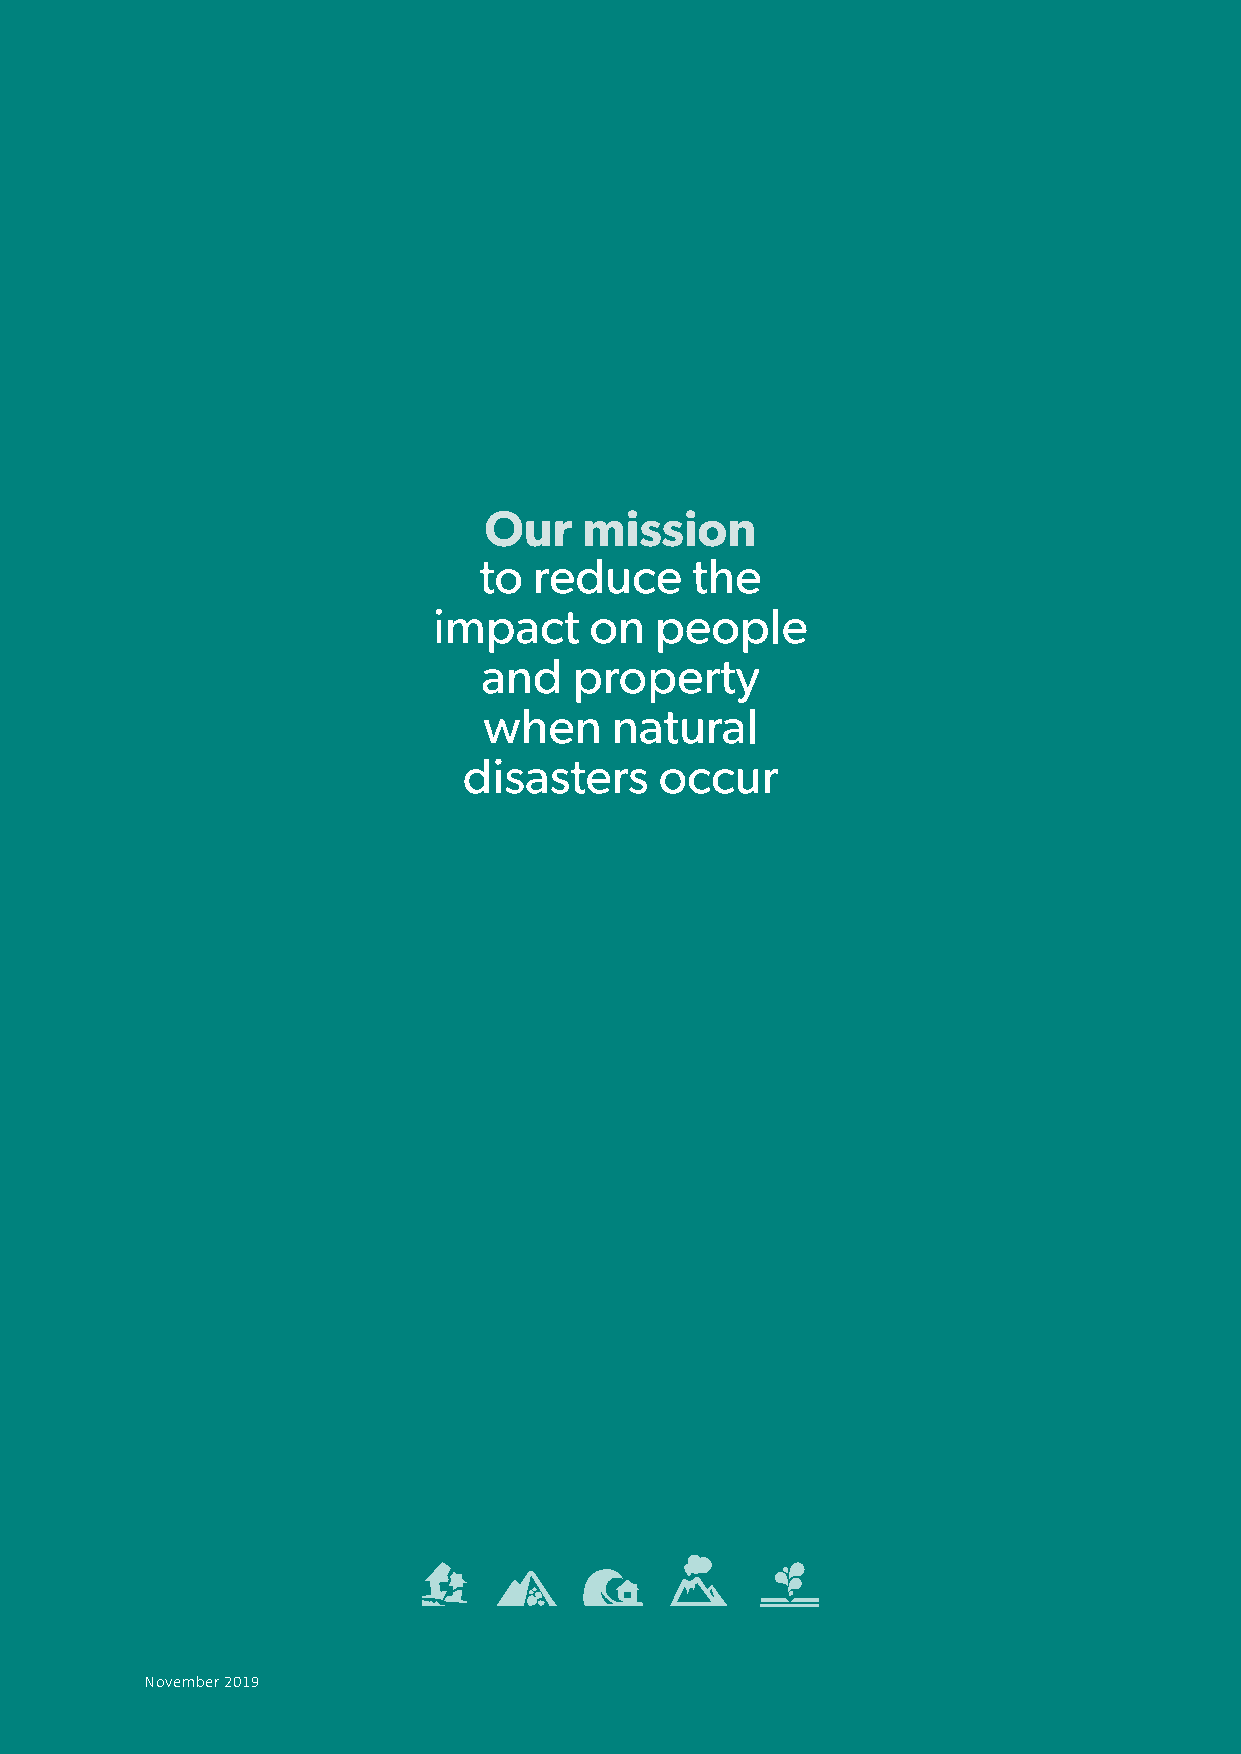
Our    mission
 to reduce     the
 impact    on  people
 and   property
 when    natural
 disasters    occur
 November 2019
 September 2018